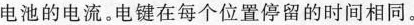
电池的电流。电键在每个位置停留的时间相同。